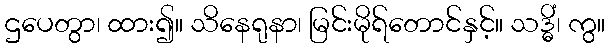
ဌပေတွာ၊ ထား၍။ သိနေရုနာ၊ မြင်းမိုရ်တောင်နှင့်။ သဒ္ဓိံ၊ ကွ။